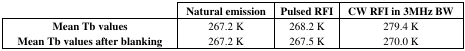
<table><thead><tr><td></td><td><b>Natural emission</b></td><td><b>Pulsed RFI</b></td><td><b>CW RFI in 3MHz BW</b></td></tr></thead><tbody><tr><td><b>Mean Tb values</b></td><td>267.2 K</td><td>268.2 K</td><td>279.4 K</td></tr><tr><td><b>Mean Tb values after blanking</b></td><td>267.2 K</td><td>267.5 K</td><td>270.0 K</td></tr></tbody></table>